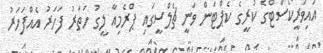
އައިވަރީކޯސްޓްގެ ކުރީގެ ކެޕްޓަން ވަނީ ޗެލްސީގައި ޕްރެމިއާ ލީގު ހަތަރު ފަހަރު އެއްފަހަރު